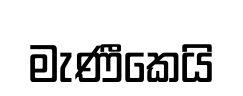
මැණීකෙයි